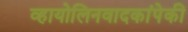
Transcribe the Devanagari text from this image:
व्हायोलिनवादकांपेकी